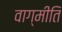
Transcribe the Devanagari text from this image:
वाग्मीति